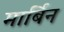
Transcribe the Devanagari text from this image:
मार्बिन